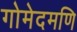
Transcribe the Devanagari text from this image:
गोमेदमणि